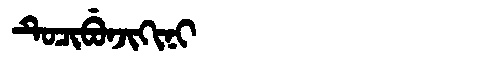
Manchu: ᡨᡠᠴᡳᠪᡠᠨᠵᡳᡴᡳᠨᡳ
Romanization: TUCIBUNJIKINI